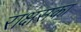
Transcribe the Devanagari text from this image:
राक्षसका